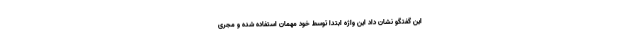
این گفتگو نشان داد این واژه ابتدا توسط خود مهمان استفاده شده و مجری